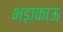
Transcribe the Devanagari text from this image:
भड़ाकाऊ